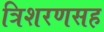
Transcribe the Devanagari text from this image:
त्रिशरणसह